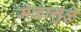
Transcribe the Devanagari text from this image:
मेळामुळे